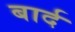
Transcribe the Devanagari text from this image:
बार्द